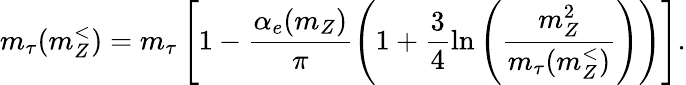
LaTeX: m_{\tau}(m_{Z}^{<})=m_{\tau}\left[1-\frac{\alpha_{e}(m_{Z})}{\pi}\left(1+\frac{3}{4}\ln\left(\frac{m_{Z}^{2}}{m_{\tau}(m_{Z}^{<})}\right)\right)\right].